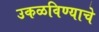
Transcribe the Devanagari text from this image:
उकळविण्याचे